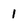
Character: 1